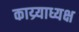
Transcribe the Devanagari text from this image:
काय्र्याध्यक्ष